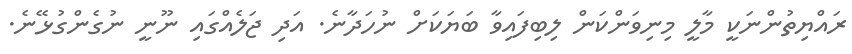
ރައްޔިތުންނަކީ މާލީ މިިނިވަންކަން ލިބިފައިވާ ބަޔަކަށް ނުހަދާނެ. އަދި ޖަލެއްގައި ނޫނީ ނުގެންގުޅޭނެ.